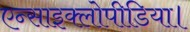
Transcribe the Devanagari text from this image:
एन्साइक्लोपीडिया।